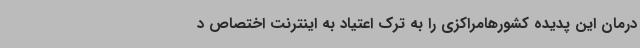
درمان این پدیده کشورهامراکزی را به ترک اعتیاد به اینترنت اختصاص د